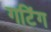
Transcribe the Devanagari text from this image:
गटिंग